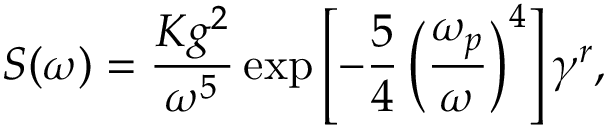
S ( \omega ) = \frac { K g ^ { 2 } } { \omega ^ { 5 } } \exp \left[ - \frac { 5 } { 4 } \left( \frac { \omega _ { p } } { \omega } \right) ^ { 4 } \right] \gamma ^ { r } ,